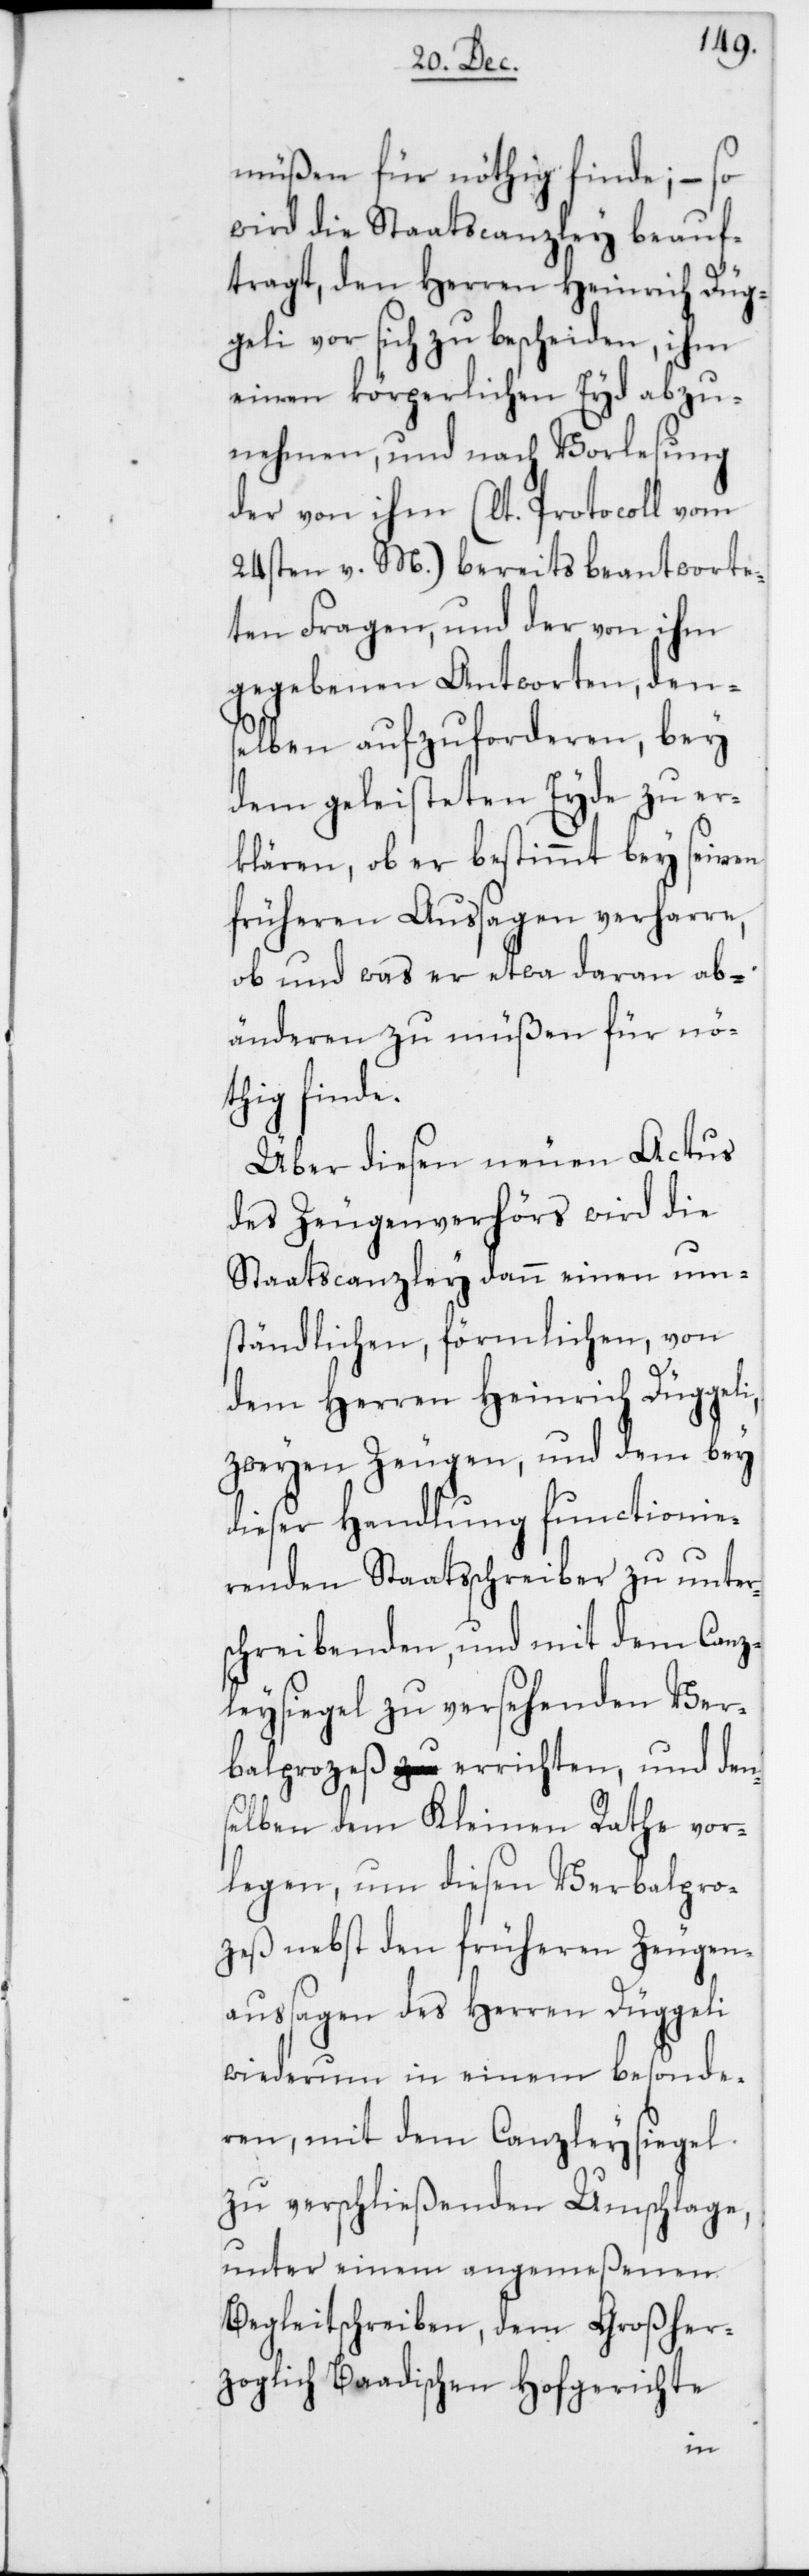
müßen für nöthig finde; – so
wird die Staatscanzley beauf¬
tragt, den Herren Heinrich Düg¬
geli vor sich zu bescheiden, ihm
einen körperlichen Eyd abzu¬
nehmen, und nach Vorlesung
der von ihm (lt. Protocoll vom
24sten v. M.) bereits beantworte¬
ten Fragen, und der von ihm
gegebenen Antworten, dens¬
elben aufzuforderen, bey
dem geleisteten Eyde zu er¬
klären, ob er bestimmt bey seinen
früheren Aussagen verharre,
ob und was er etwa daran abzu¬
änderen zu müßen für nö¬
thig finde.
Über diesen neuen Actus
des Zeugenverhörs wird die
Staatscanzley dann einen um¬
ständlichen, förmlichen, von
dem Herren Heinrich Düggeli,
zweyen Zeugen, und dem bey
dieser Handlung functionie¬
renden Staatsschreiber zu unters¬
chreibenden, und mit dem Canz¬
leysiegel zu versehenden Ver¬
balprozeß errichten, und den¬
selben dem Kleinen Rathe vor¬
legen, um diesen Verbalpro¬
zeß nebst den früheren Zeugen¬
aussagen des Herren Düggeli
wiederum in einem besonde¬
ren, mit dem Canzleysiegel
zu verschließenden Umschlage,
unter einem angemeßenen
Begleitschreiben, dem Großher¬
zoglich Baadischen Hofgerichte